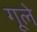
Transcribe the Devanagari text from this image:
गूले